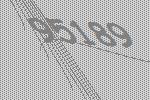
95189